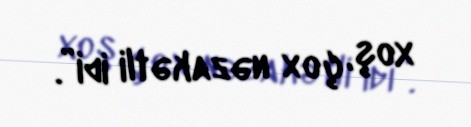
xoş, çox nəzakətli idi”.